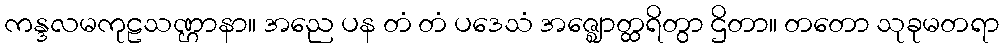
ကန္ဒလမကုဠသဏ္ဌာနာ။ အညေ ပန တံ တံ ပဒေသံ အဇ္ဈောတ္ထရိတွာ ဌိတာ။ တတော သုခုမတရာ